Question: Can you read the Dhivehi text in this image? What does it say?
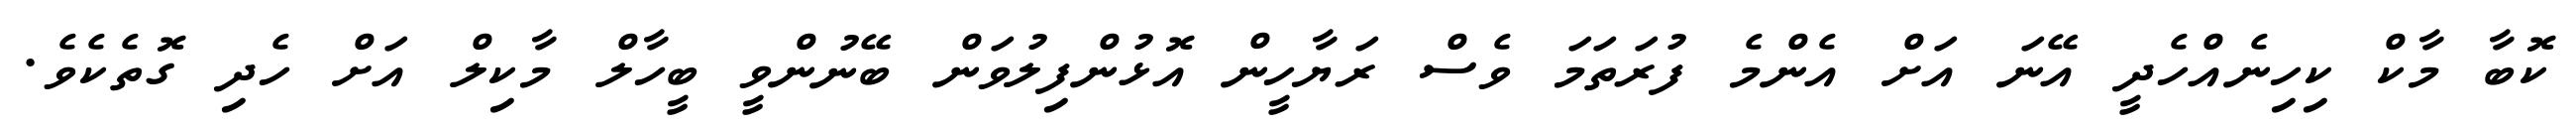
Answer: ކޮބާ މާކް ކިހިނެއްހެދީ އޭނަ އަށް އެންމެ ފުރަތަމަ ވެސް ރަޔާހީން އޮޅުންފިލުވަން ބޭނުންވީ ބީހާލް މާކިލް އަށް ހެދި ގޮތެކެވެ.